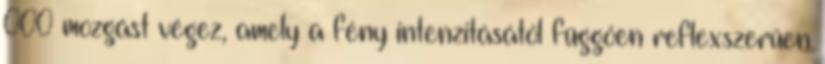
000 mozgást végez, amely a fény intenzitásától függően reflexszerűen